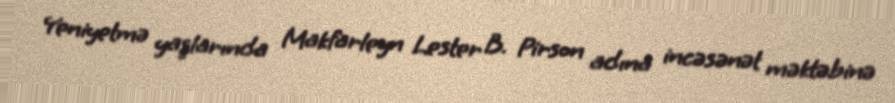
Yeniyetmə yaşlarında Makfarleyn Lester B. Pirson adına incəsənət məktəbinə